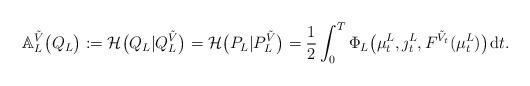
LaTeX: \begin{align*} \mathbb A_L^{\tilde V}\bigl(Q_L\bigr):= \mathcal H\bigl(Q_L|Q_L^{\tilde V}\bigr)=\mathcal H\bigl(P_L|P_L^{\tilde V}\bigr) = \frac 12 \int_0^T \Phi_L\bigl(\mu^L_t,\jmath^L_t,F^{\tilde V_t}(\mu^L_t)\bigr)\;\!\mathrm dt.\end{align*}